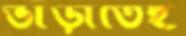
ভাড়াতেই